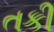
તકી